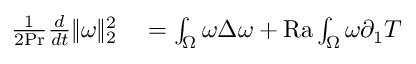
\begin{array} { r l } { \frac { 1 } { 2 \mathrm { { P r } } } \frac { d } { d t } \| \omega \| _ { 2 } ^ { 2 } } & { { } = \int _ { \Omega } \omega \Delta \omega + \mathrm { { R a } } \int _ { \Omega } \omega \partial _ { 1 } T } \end{array}